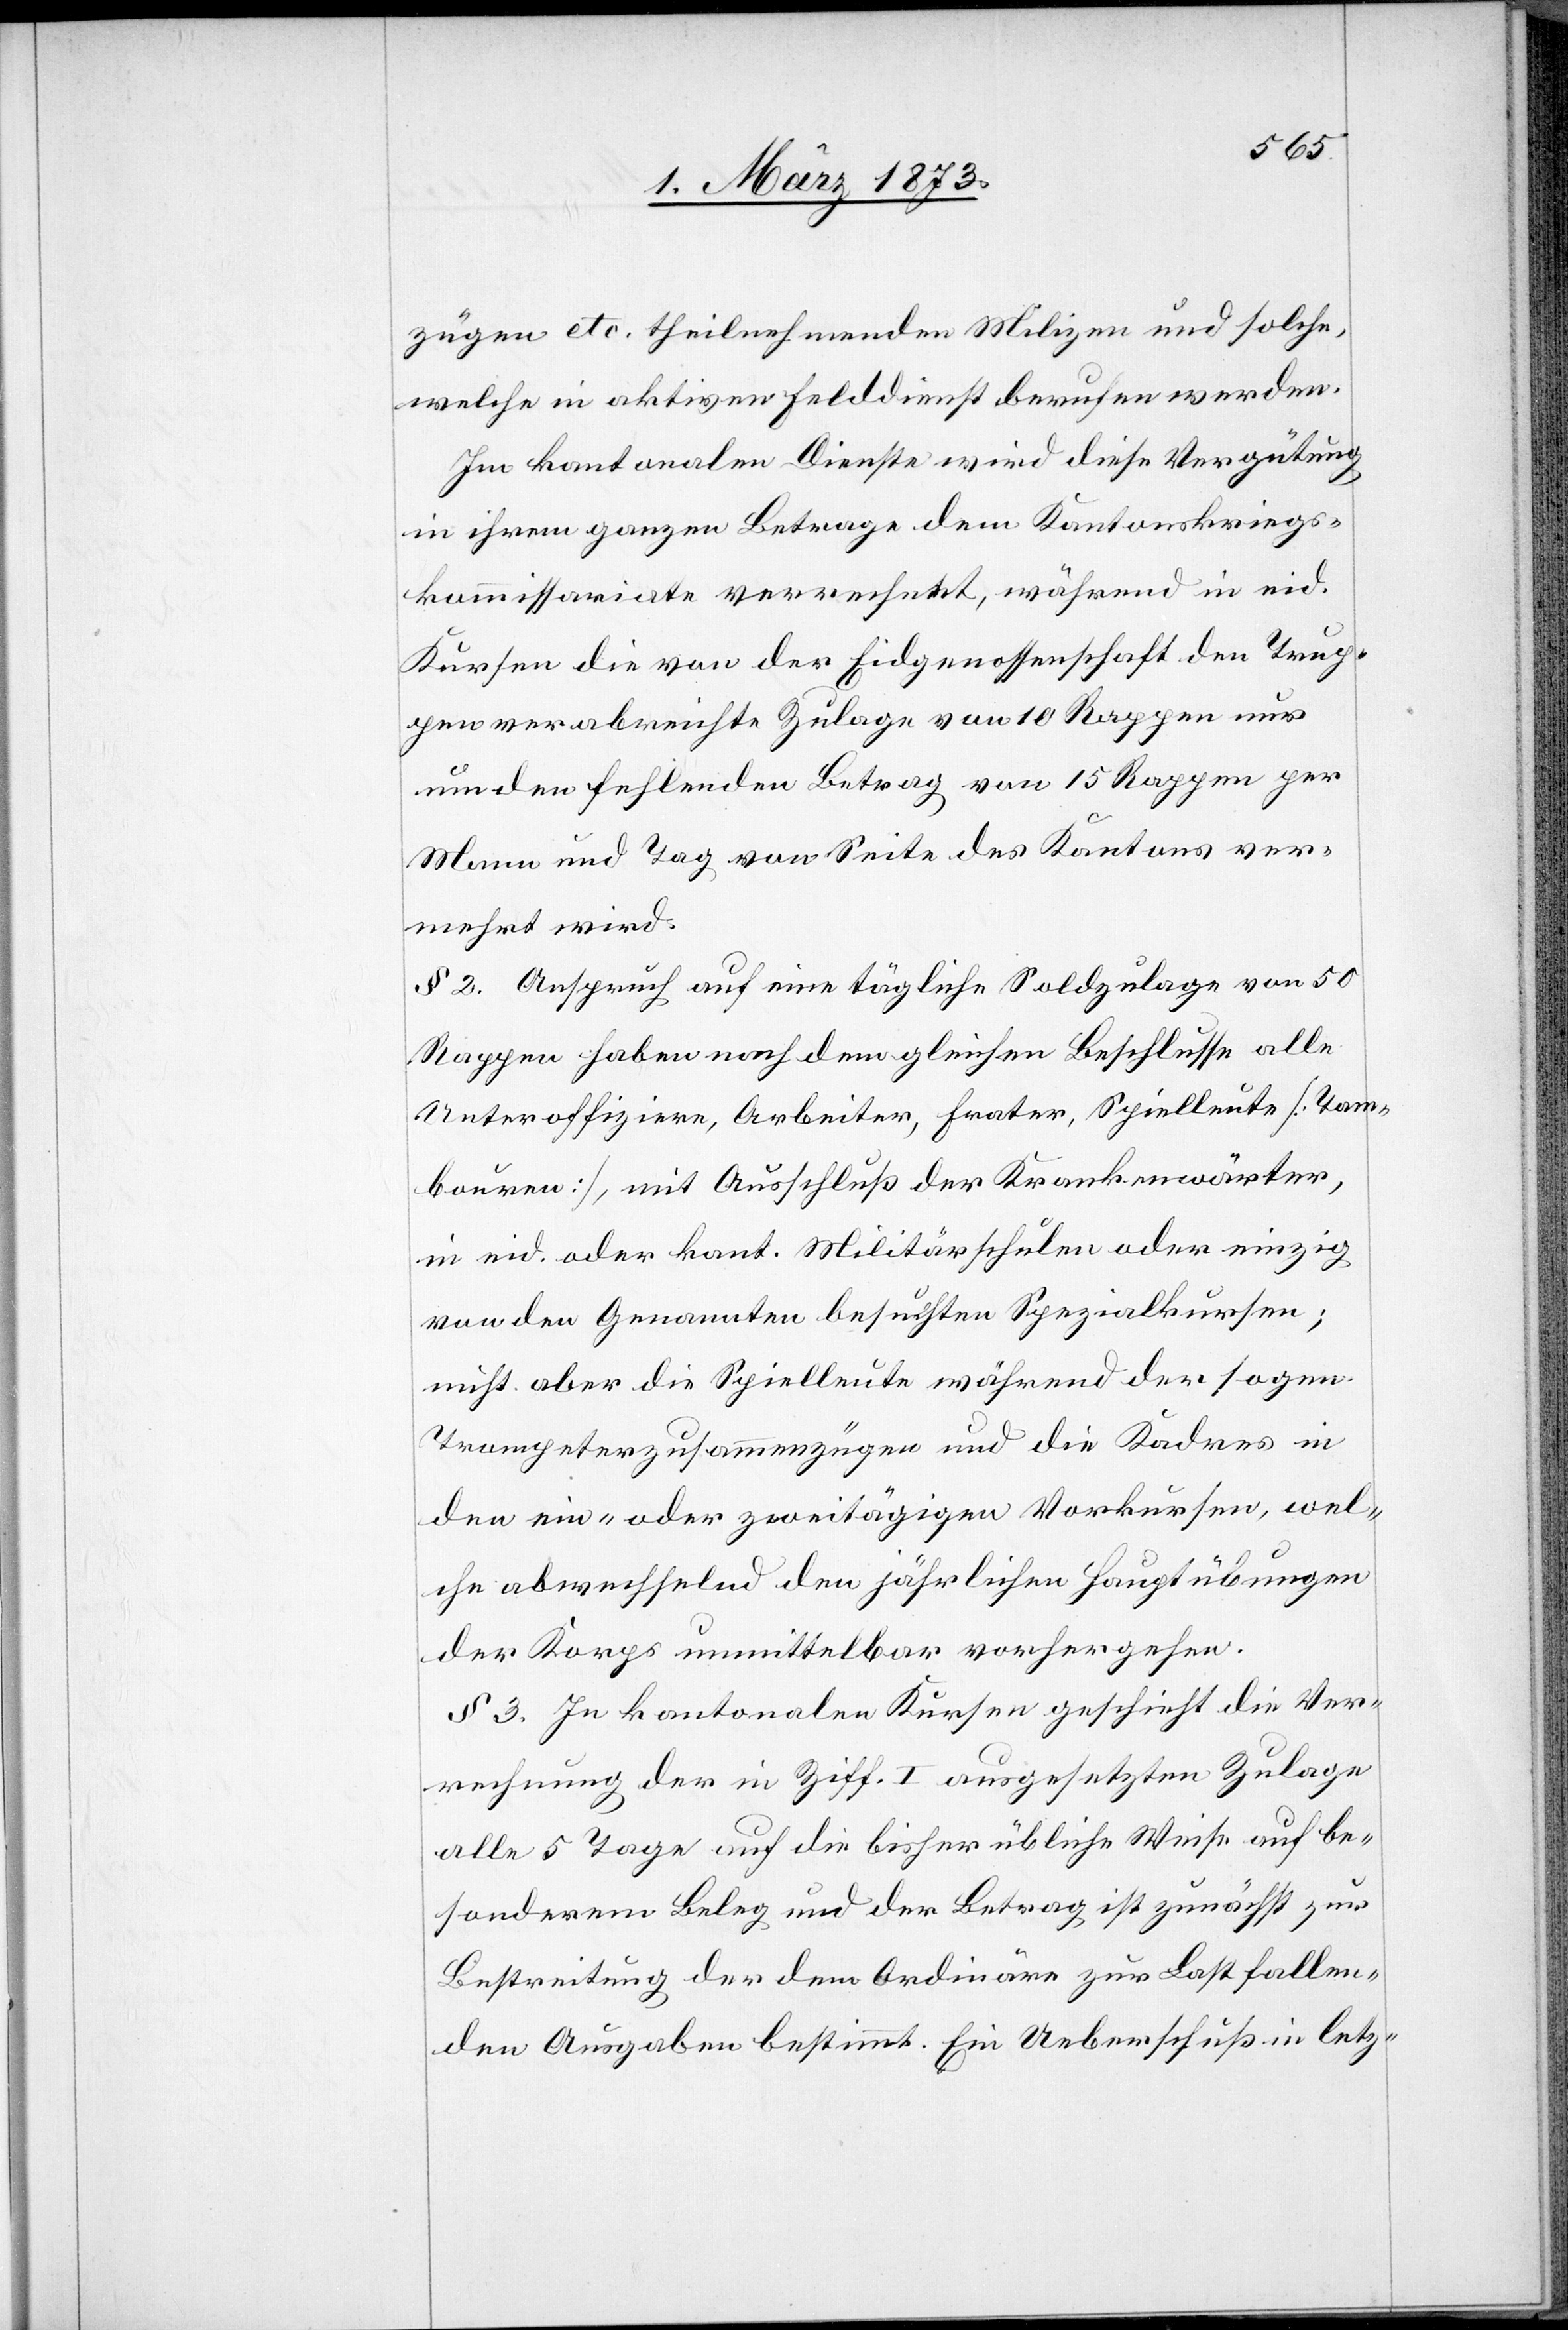
zügen etc. theilnehmenden [sic!] Milizen und solche,
welche in aktiven Felddienst berufen werden.
Im kantonalen Dienste wird diese Vergütung
in ihrem ganzen Betrage dem Kantonskriegs¬
kommissariate verrechnet, während in eid.
Kursen die von der Eidgenossenschaft den Trup¬
pen verabreichte Zulage von 10 Rappen nur
um den fehlenden Betrag von 15 Rappen per
Mann und Tag von Seite des Kantons ver¬
mehrt wird.
§ 2. Anspruch auf eine tägliche Soldzulage von 50
Rappen haben nach dem gleichen Beschlusse alle
Unteroffiziere, Arbeiter, Frater, Spielleute [Tam¬
bouren], mit Ausschluß der Krankenwärter,
in eid. oder kant. Militärschulen oder einzig
von den Genannten besuchten Spezialkursen;
nicht aber die Spielleute während der sogen.
Trompeterzusammenzügen und die Kadres in
den ein- oder zweitägigen Vorkursen, wel¬
che abwechselnd den jährlichen Hauptübungen
der Korps unmittelbar vorhergehen.
§ 3. In kantonalen Kursen geschieht die Ver¬
rechnung der in Ziff. I ausgesetzten Zulage
alle 5 Tage auf die bisher übliche Weise auf be¬
sonderem Beleg und der Betrag ist zunächst zur
Bestreitung der dem Ordinäre zur Last fallen¬
den Ausgaben bestimmt. Ein Ueberschuß in letz-